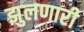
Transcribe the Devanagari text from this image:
झुलणारी